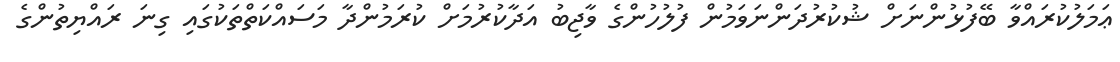
ޢަމަލުކުރައްވާ ބޭފުޅުންނަށް ޝުކުރުދަންނަވަމުން ފުލުހުންގެ ވާޖިބު އަދާކުރުމަށް ކުރަމުންދާ މަސައްކަތްތަކުގައި ގިނަ ރައްޔިތުންގެ